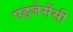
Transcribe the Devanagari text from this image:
एड्जेसेंसी